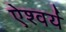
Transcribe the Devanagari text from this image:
ऐश्वर्य